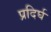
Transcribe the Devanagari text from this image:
प्रदिर्घ